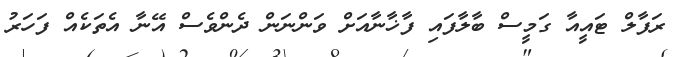
ރަފާލް ޓައީއާ ގަމީސް ބާލާފައި ފާޚާނާއަށް ވަންނަން ދެންވެސް އޭނާ އެތަކެއް ފަހަރު